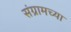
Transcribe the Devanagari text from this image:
संग्रामच्या